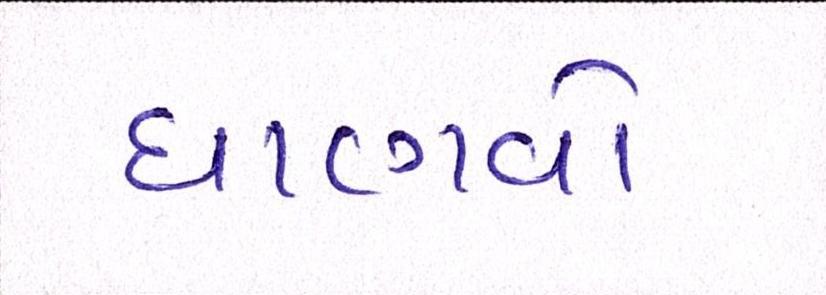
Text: ઘાણવો